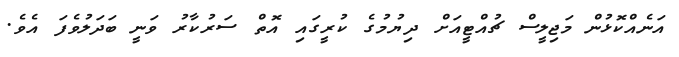
އަނެއްކޮޅުން މަޖިލީސް ޗުއްޓީއަށް ދިޔުމުގެ ކުރީގައި އޮތް ސަރުކާރު ވަނީ ބަދަލުވެފަ އެވެ.